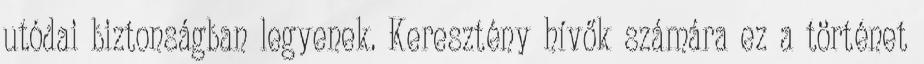
utódai biztonságban legyenek. Keresztény hívők számára ez a történet